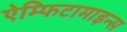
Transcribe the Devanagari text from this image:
ऐम्फिटामाइन्स